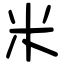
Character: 米